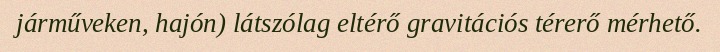
járműveken, hajón) látszólag eltérő gravitációs térerő mérhető.